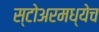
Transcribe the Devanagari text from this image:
स्टोअरमध्येच